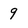
Character: 9